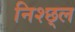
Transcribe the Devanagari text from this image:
निश्छ्ल